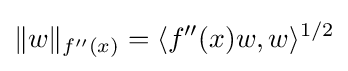
\|w\|_{f''(x)}=\langle f''(x)w,w\rangle ^{1/2}